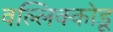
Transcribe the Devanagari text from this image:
वल्लिक्कोडू